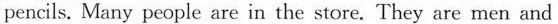
pencils. Many people are in the store. They are men and